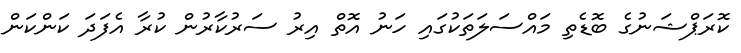
ކޮރަޕްޝަނުގެ ބޮޑެތި މައްސަލަތަކުގައި ހަނު އޮތް އިރު ސަރުކާރުން ކުރާ އެފަދަ ކަންކަން